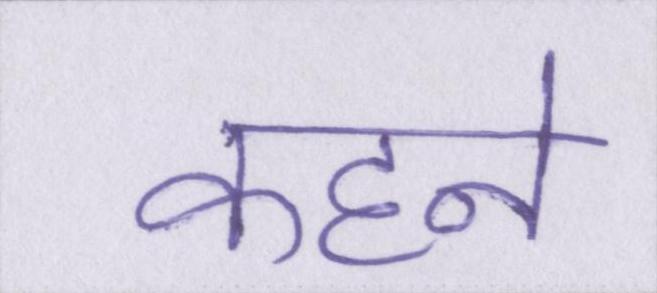
कहने